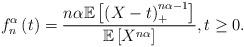
LaTeX: \begin{align*}f_{n}^{\alpha }\left ( t \right )= \frac{n\alpha \mathbb{E}\left [\left( X-t\right) _{+}^{ n\alpha -1}\right ]}{\mathbb{E}\left [ X^{n\alpha } \right ]},t\geq 0.\end{align*}